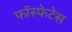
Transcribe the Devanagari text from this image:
फॉस्फेटेस